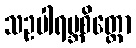
သဥပါရမ္ဘစိတ္တော